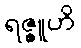
ရဇ္ဇူဟိ